Riigikantselei, lk 20
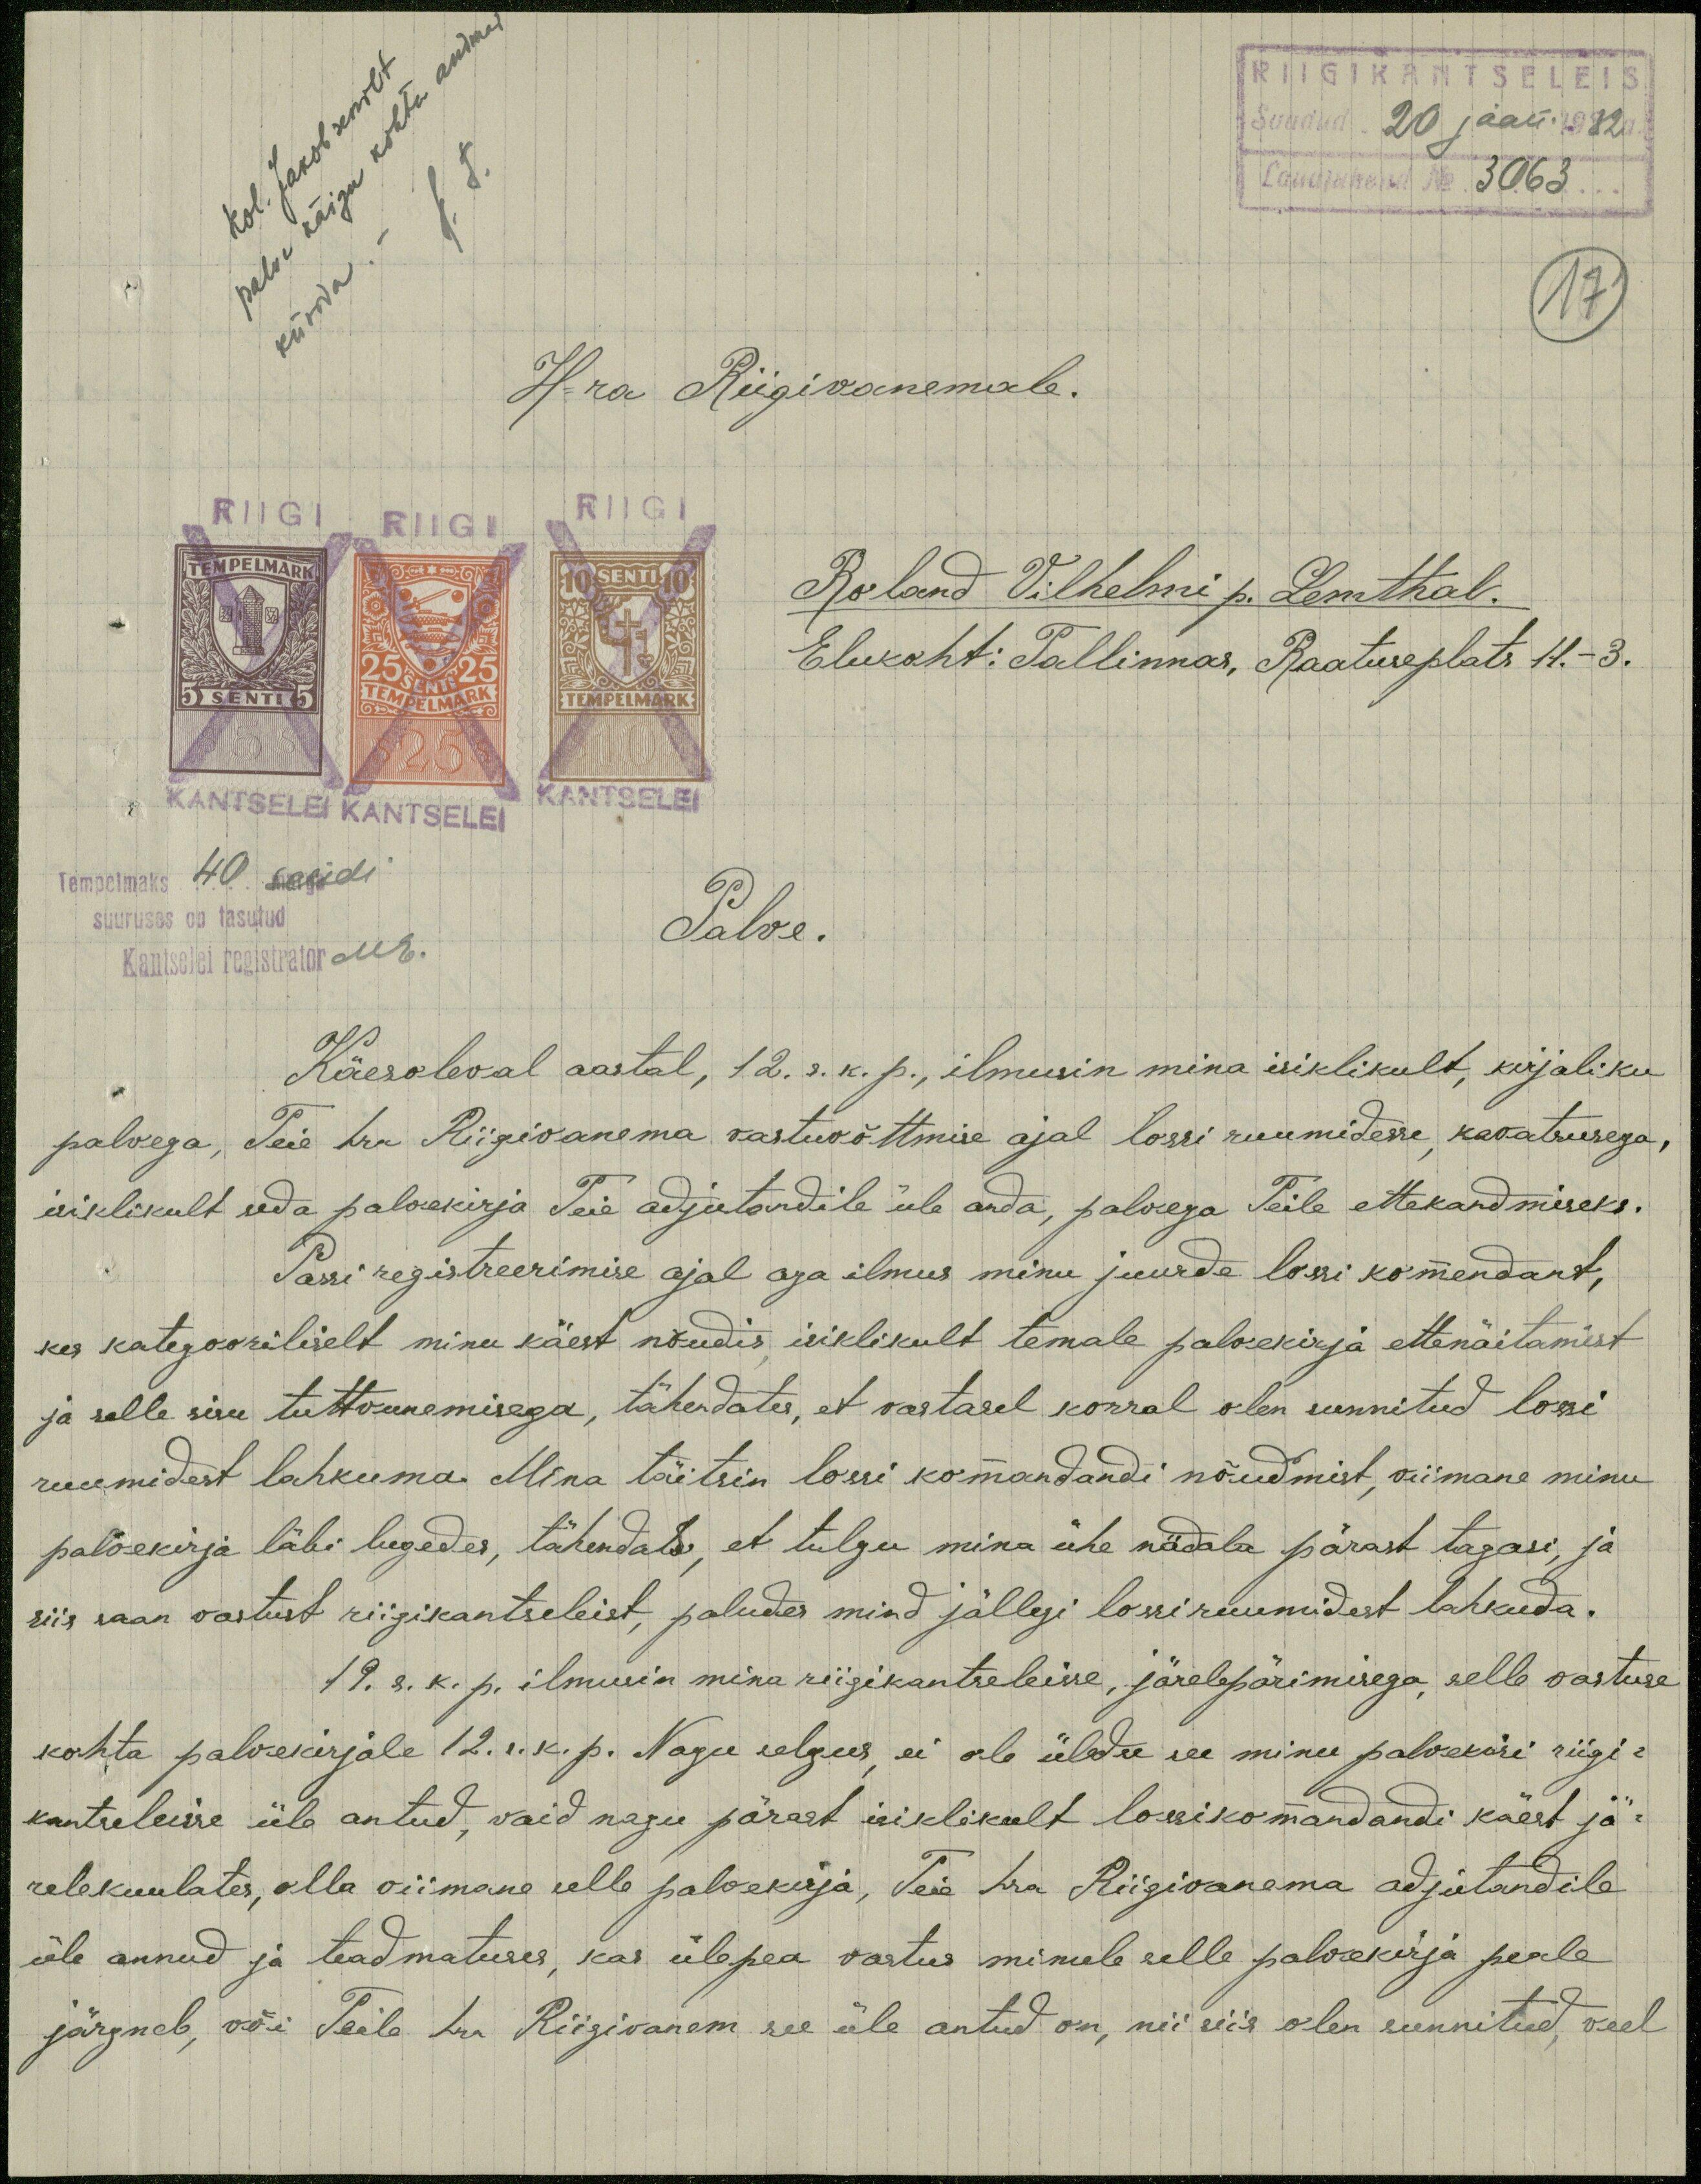
RIIGIKANTSELEIS
Saadud "20 jaan. 1932a.
Lauajuhend N 3063
17
H-ra Riigivanemale.
Roland Vilhelmi p. Lemthal.
Elukoht: Tallinnas, Raatuseplats 11. - 3.
Tempelmaks 40 sendi
suuruses on tasutud
Kantselei registrator ME.
Palve.
Käesoleval aastal, 12. s. k. p., ilmusin mina isiklikult, kirjaliku
palvega, Teie hra Riigivanema vastuvõttmise ajal lossi ruumidesse, kavatsusega,
isiklikult seda palwekirja Teie adjutandile üle anda, palvega Teile ettekandmiseks.
Passi registreerimise ajal aga ilmus minu juurde lossi komendant,
kes kategooriliselt minu käest nõudis, isiklikult temale palwekirja ettenäitamist
ja selle sisu tuttvunemisega, tähendates, et vastasel korral olen sunnitud lossi
ruumidest lahkuma. Mina täitsin lossi komandandi nõudmist, viimane minu
palvekirja läbi lugedes, tähendas, et tulgu mina ühe nädala pärast tagasi, ja
siis saan vastust riigikantseleist, paludes mind jällegi lossiruumidest lahkuda.
19. s. k. p. ilmusin mina riigikantseleisse, järelepärimisega, selle vastuse
kohta palvekirjale 12. s. k. p. Nagu selgus, ei ole üldse see minu palvekiri riigi-
kantseleisse üle antud, vaid nagu pärast isiklikult lossikomandandi käest jä-
relekuulates, olla viimane selle palvekirja, Teie hra Riigivanema adjutandile
üle annud ja teadmatuses, kas ülepea vastus minule selle palvekirja peale
järgneb, või Teile hra Riigivanem see üle antud on, nii siis olen sunnitud, veel